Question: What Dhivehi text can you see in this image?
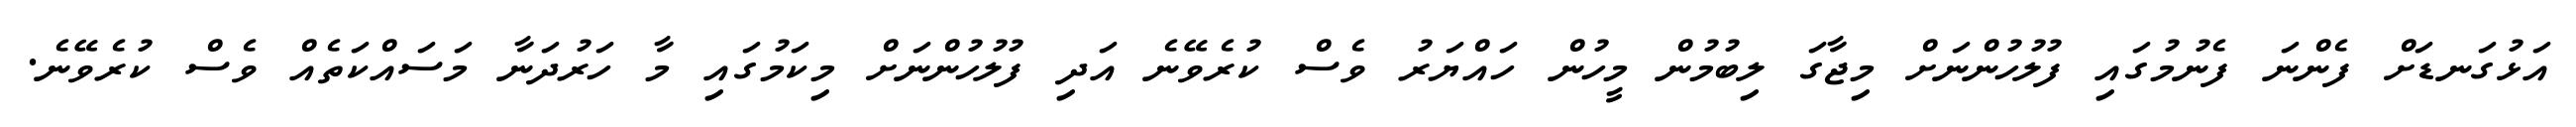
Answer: އަޅުގަނޑަށް ފެންނަ ފެނުމުގައި ފުލުހުންނަށް މިޖާގަ ލިބުމުން މީހުން ހައްޔަރު ވެސް ކުރެވޭނެ އަދި ފުލުހުންނަށް މިކަމުގައި މާ ހަރުދަނާ މަސައްކަތެއް ވެސް ކުރެވޭނެ.